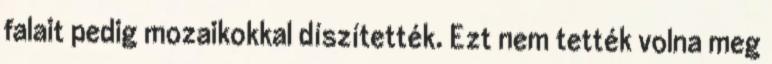
falait pedig mozaikokkal díszítették. Ezt nem tették volna meg